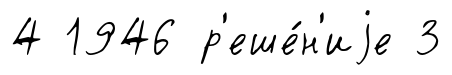
4 1946 р'еше́н'иjе 3